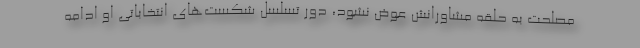
مصلحت به حلقه مشاورانش عوض نشود، دور تسلسل شکست‌های انتخاباتی او ادامه